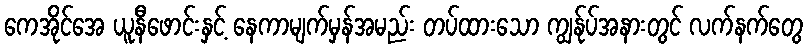
ကေအိုင်အေ ယူနီဖောင်းနှင့် နေကာမျက်မှန်အမည်း တပ်ထားသော ကျွန်ုပ်အနားတွင် လက်နက်တွေ